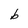
Character: b